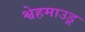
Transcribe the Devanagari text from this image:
श्वेहमाउडू